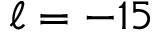
\ell = - 1 5